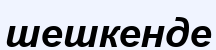
шешкенде